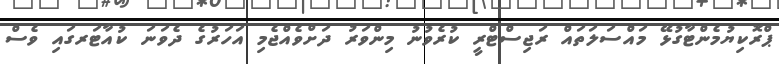
ޕްރޮކިޔުމެންޓާގުޅޭ މައްސަލަތައް ރަޖިސްޓްރީ ކުރެވުނު މިންވަރު ދަށްވެއްޖެމި އަހަރުގެ ދެވަނަ ކުއާޓަރގައި ވެސް